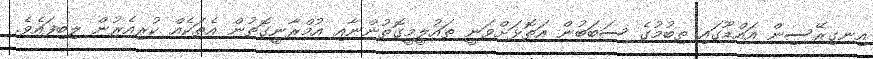
އިނގިރޭސިން އައްޑޫގައި ތިބުމުގެ ސަބަބުން އަތޮޅަށްވަނީ ތައުލީމީގޮތުންނާއި އުމްރާނީގޮތުން އެތަކެއް ކުރިއެރުން ލިބިފައެވެ.